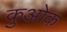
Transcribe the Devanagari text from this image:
कुओक